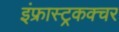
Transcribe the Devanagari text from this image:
इंफ्रास्ट्रकक्चर